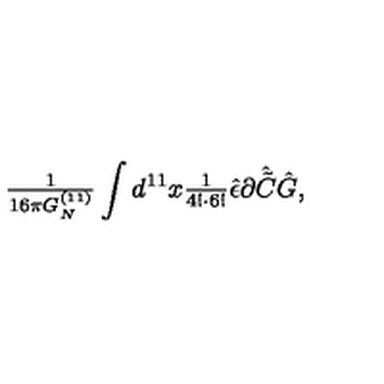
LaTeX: { \textstyle \frac { 1 } { 1 6 \pi G _ { N } ^ { ( 1 1 ) } } } \int d ^ { 1 1 } x { \textstyle \frac { 1 } { 4 ! \cdot 6 ! } } \hat { \epsilon } \partial \hat { \tilde { C } } \hat { G } ,